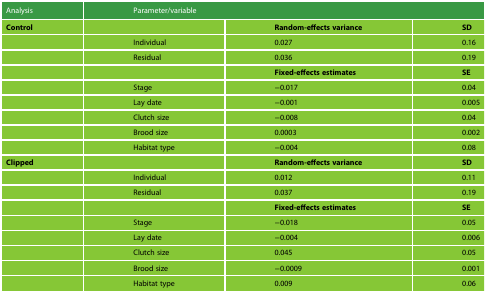
| Analysis | <COLSPAN=3> Parameter/variable |
 | --- | --- | --- | --- |
 | Control |  | Random-effects variance | SD |
 |  | Individual | 0.027 | 0.16 |
 |  | Residual | 0.036 | 0.19 |
 |  |  | Fixed-effects estimates | SE |
 |  | Stage | −0.017 | 0.04 |
 |  | Lay date | −0.001 | 0.005 |
 |  | Clutch size | −0.008 | 0.04 |
 |  | Brood size | 0.0003 | 0.002 |
 |  | Habitat type | −0.004 | 0.08 |
 | Clipped |  | Random-effects variance | SD |
 |  | Individual | 0.012 | 0.11 |
 |  | Residual | 0.037 | 0.19 |
 |  |  | Fixed-effects estimates | SE |
 |  | Stage | −0.018 | 0.05 |
 |  | Lay date | −0.004 | 0.006 |
 |  | Clutch size | 0.045 | 0.05 |
 |  | Brood size | −0.0009 | 0.001 |
 |  | Habitat type | 0.009 | 0.06 |